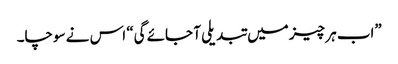
”اب ہر چیز میں تبدیلی آ جائے گی“ اس نے سوچا۔